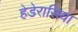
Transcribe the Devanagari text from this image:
हेडेरासिया